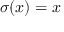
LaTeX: \sigma ( x ) = x